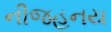
નીજહનય